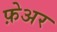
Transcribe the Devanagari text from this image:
फ़ेअर